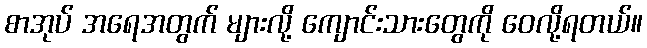
စာအုပ် အရေအတွက် များလို့ ကျောင်းသားတွေကို ဝေလို့ရတယ်။